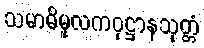
သမာဓိမူလကဝုဋ္ဌာနသုတ္တံ